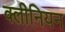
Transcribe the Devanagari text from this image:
क्लीनियन